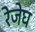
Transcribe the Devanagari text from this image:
रेजेघ